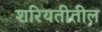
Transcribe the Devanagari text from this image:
शरियतीतील